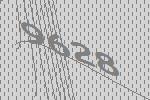
9628